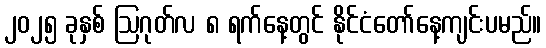
၂၀၂၅ ခုနှစ် ဩဂုတ်လ ၈ ရက်နေ့တွင် နိုင်ငံတော်နေ့ကျင်းပမည်။